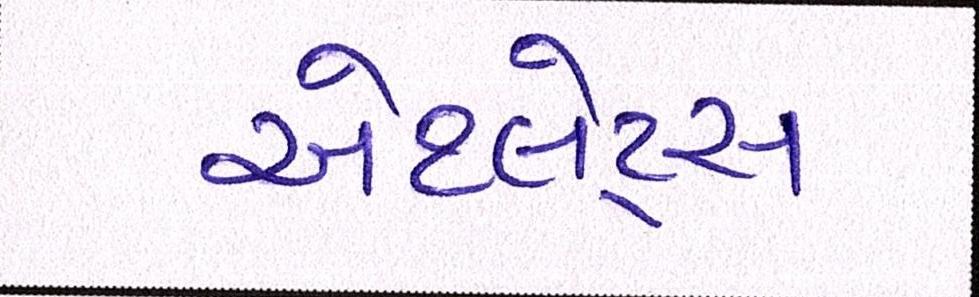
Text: એથ્લેટ્સ